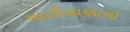
પાલીતાણાનો